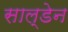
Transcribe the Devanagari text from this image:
साल्डेन